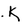
Character: K